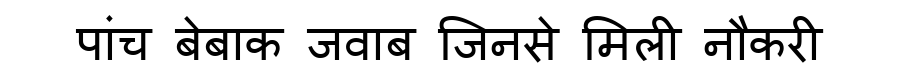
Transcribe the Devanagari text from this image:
पांच बेबाक जवाब जिनसे मिली नौकरी